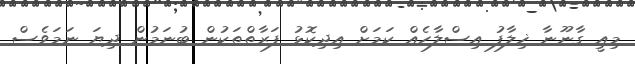
މިއީ ގާނޫނާ ޚިލާފު އިސްލާހެއް ކަމަށް އިދިކޮޅު ފަރާތްތަކުން ބުނަމުން ދިޔަ ނަމަވެސް